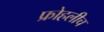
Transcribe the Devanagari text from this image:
फ्रोहलीच